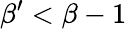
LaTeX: \beta^{\prime}<\beta-1